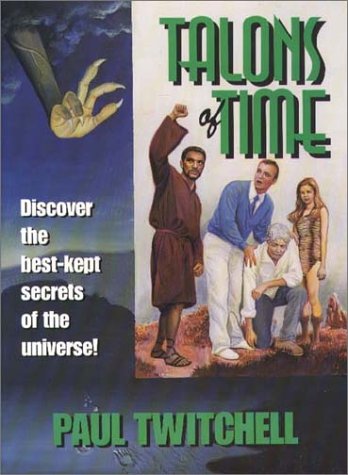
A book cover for Talons of Time; Paul Twitchell; Religion & Spirituality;